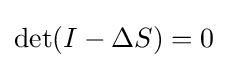
\det(I-\Delta S)=0